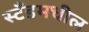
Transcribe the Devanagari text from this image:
स्टँडमधील